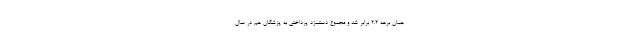
همان برهه ۲.۲ برابر شد و مجموع دستمزد پرداختی به پزشکان هم در سال